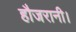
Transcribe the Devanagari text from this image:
हौजरानी।